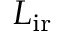
\boldsymbol { L } _ { \mathrm { i r } }